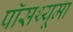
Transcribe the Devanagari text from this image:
पॉसथ्यूमा